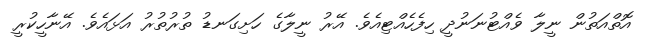
އޮތްއަތުން ނީލާ ވެއްޓުނަނުދީ ހިފެހެއްޓިއެވެ. އޭރު ނީލާގެ ހަށިގަނޑު ތުރުތުރު އަޅައެވެ. އޭނާހީކުރީ